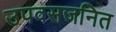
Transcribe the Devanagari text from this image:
उपवसजनित